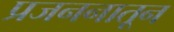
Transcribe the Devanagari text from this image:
प्रजननातून